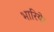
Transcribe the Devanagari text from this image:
भारिये।